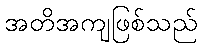
အတိအကျဖြစ်သည်